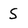
Character: S